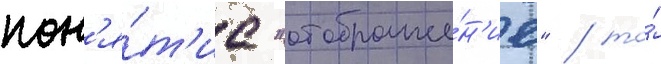
пон'я́т'ие "отображе́н'ие" / то́